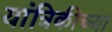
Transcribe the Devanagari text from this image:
यांत्रिकीच्या